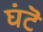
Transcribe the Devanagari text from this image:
घंटॆ